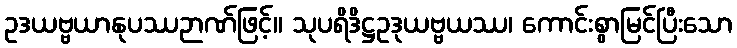
ဥဒယဗ္ဗယာနုပဿဉာဏ်ဖြင့်။ သုပရိဒိဋ္ဌဥဒုယဗ္ဗယဿ၊ ကောင်းစွာမြင်ပြီးသော